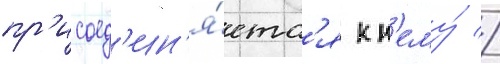
пр'исоед'ин'я́етс'я к н'ему́ //